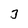
Character: 3